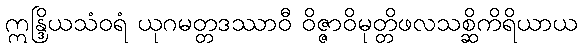
ဣန္ဒြိယသံဝရံ ယုဂမတ္တဒဿာဝီ ဝိဇ္ဇာဝိမုတ္တိဖလသစ္ဆိကိရိယာယ